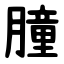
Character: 朣